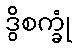
ဒွိစက္ခုံ